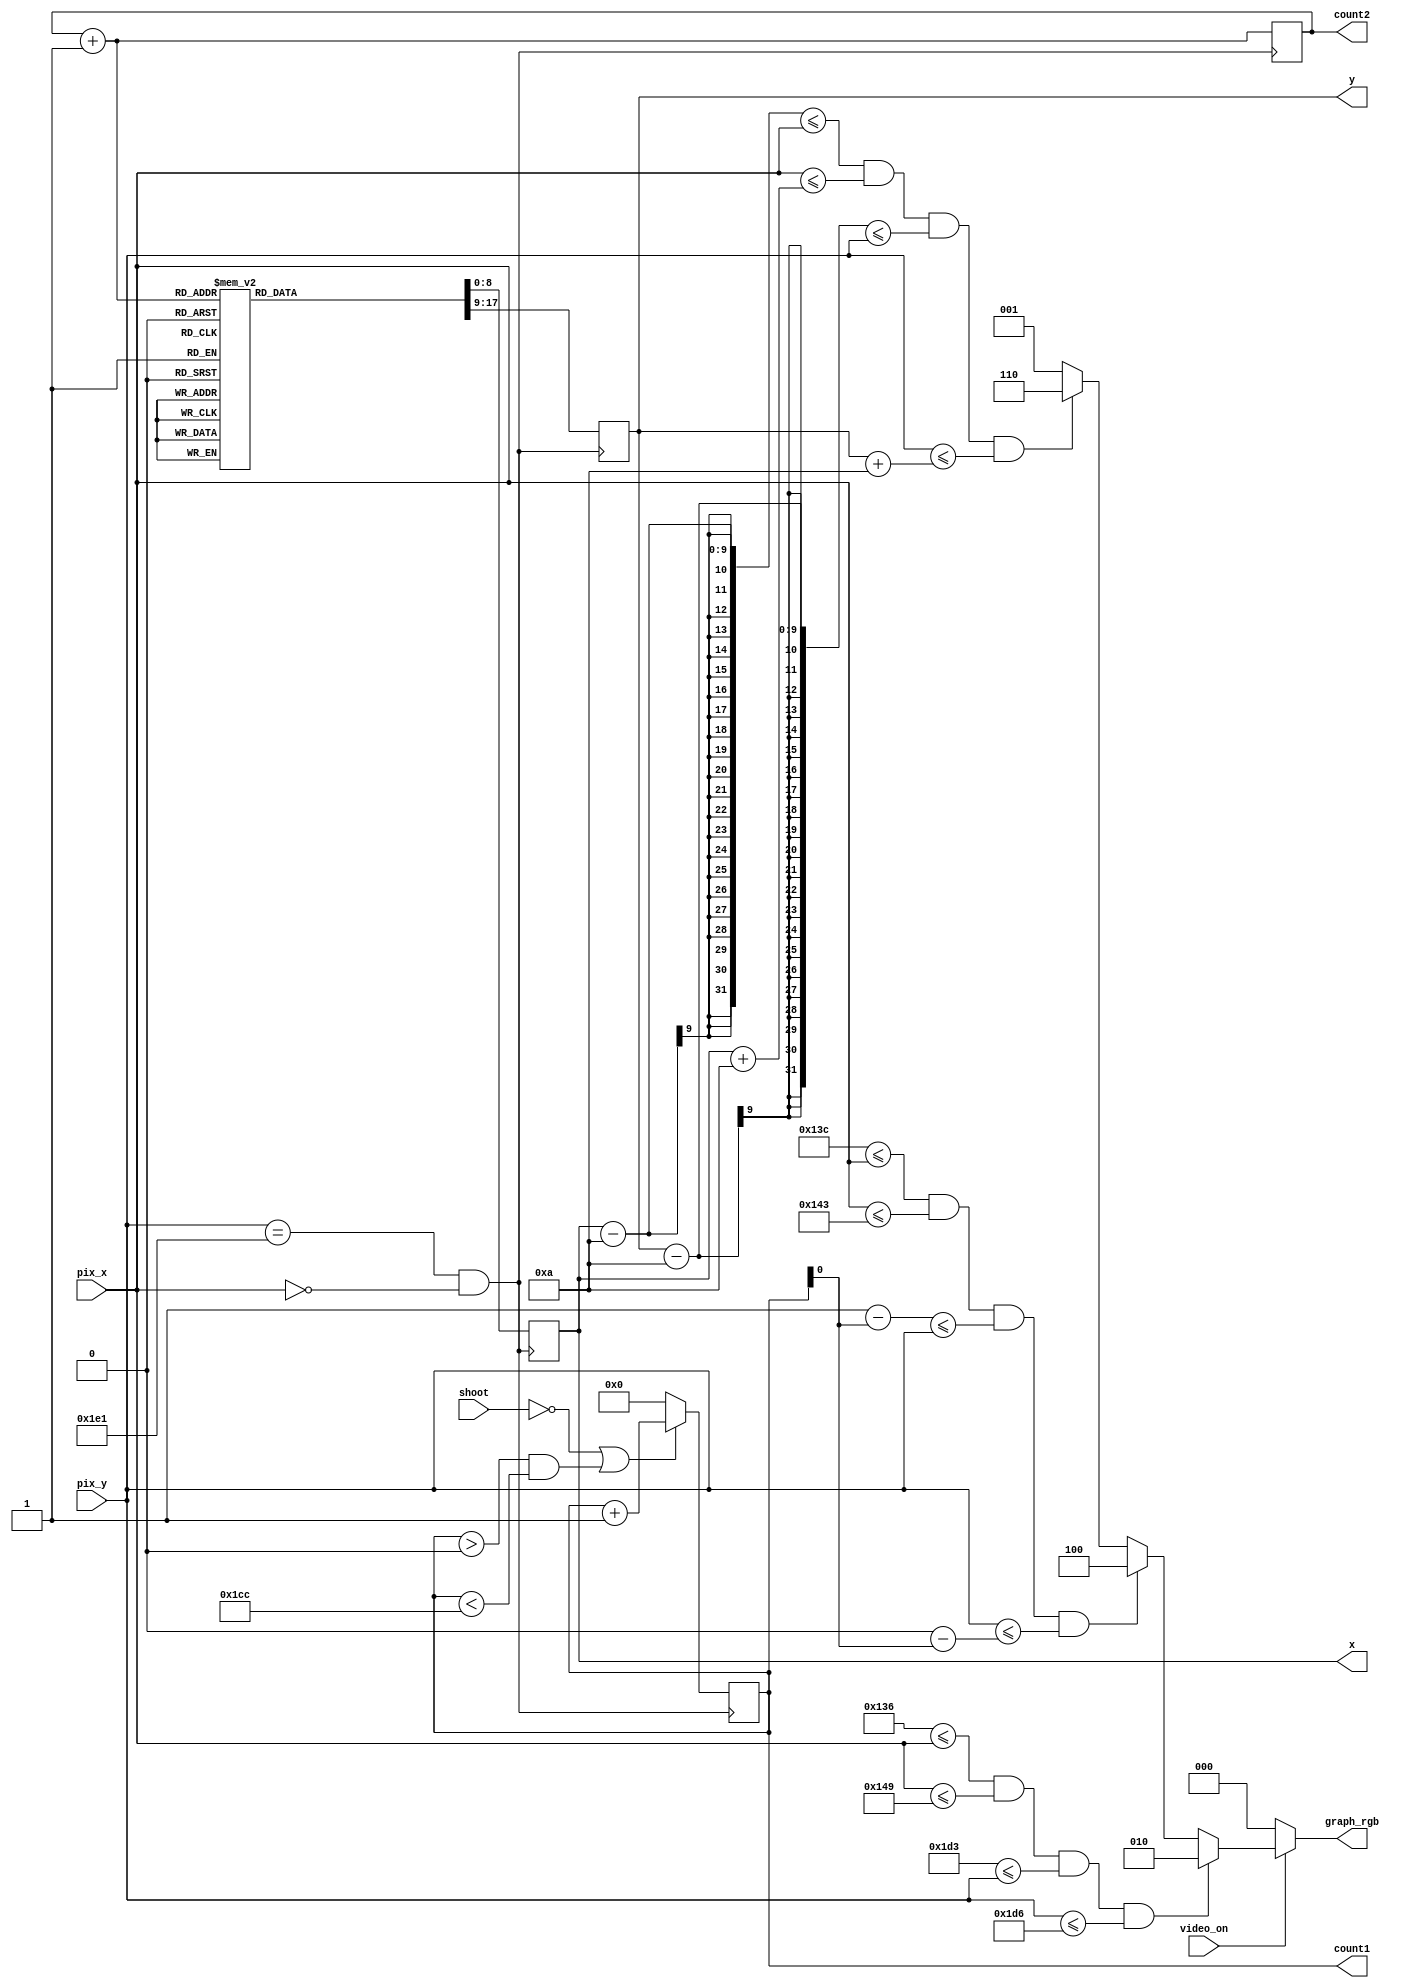
module war_graph 
(
	input wire video_on, shoot,
	input wire [9:0] pix_x, pix_y,
	output reg [2:0] graph_rgb,count2,
	output reg [8:0] count1,x,y
);

// 60 Hz clock for positioning
wire refer_tick;
assign refer_tick = (pix_y==481)&&(pix_x==0);

initial count1=0;
always@(posedge refer_tick)
	if(~shoot || (count1>0 && count1 <460)) 
		count1 = count1+1;
	else count1=0;
	
// general screen size
localparam MAX_X= 640; 
localparam MAX_Y= 480; // top to down

// tank
localparam TANK_SIZE= 20;
localparam TANK_X_L= MAX_X/2-TANK_SIZE/2;
localparam TANK_X_R= MAX_X/2+TANK_SIZE/2-1;

localparam TANK_Y_T= 467;
localparam TANK_Y_B= 470;

// square ball
localparam BALL_SIZE = 8;	
localparam BALL_X_L = MAX_X/2-BALL_SIZE/2;
localparam BALL_X_R = BALL_X_L + BALL_SIZE - 1 ;

localparam BALL_Y_T = 463;
localparam BALL_Y_B = 466;

wire ball_y_t,ball_y_b;
assign ball_y_t= BALL_Y_T-count1;
assign ball_y_b= BALL_Y_B-count1;

// enemy
initial count2=0;
initial x=MAX_X/2;
initial y=200;
always@(posedge refer_tick)
	begin	
		count2=count2+1;
	case(count2)
		0 : begin x= MAX_X/2; y= 200; end
		1 : begin x= MAX_X/2+25; y= 225; end
		2 : begin x= MAX_X/2+50; y= 250; end
		3 : begin x= MAX_X/2+25; y= 275; end
		4 : begin x= MAX_X/2; y= 300; end
		5 : begin x= MAX_X/2-25; y= 275; end
		6 : begin x= MAX_X/2-50; y= 250; end
		7 : begin x= MAX_X/2-25; y= 225; end
	endcase
end


// output signals for objects
wire tank_on, enemy_on,  sq_ball_on;
wire [2:0] tank_rgb, enemy_rgb, ball_rgb;

//body

// TANK
assign tank_on = (TANK_X_L<=pix_x)&&(pix_x<=TANK_X_R)&&(TANK_Y_T<=pix_y)&&(pix_y<=TANK_Y_B);
assign tank_rgb = 3'b010; //green


//BALL
assign sq_ball_on = (BALL_X_L<=pix_x)&&(pix_x<=BALL_X_R)&&(ball_y_t<=pix_y)&&(pix_y<=ball_y_b);
assign ball_rgb = 3'b100; //red

//ENEMY
assign enemy_on = ((x-10)<=pix_x)&&(pix_x<=(x+10))&&((y-10)<=pix_y)&&(pix_y<=(y+10));
assign enemy_rgb = 3'b110; //yellow

// rgb  multiplex

always@*
	if(~video_on)
		graph_rgb = 3'b000;
	else 
		if(tank_on)
		graph_rgb= tank_rgb;
	else if (sq_ball_on)
		graph_rgb= ball_rgb;
	else if (enemy_on)
		graph_rgb= enemy_rgb;
	else
		graph_rgb= 3'b001; //blue

endmodule